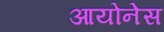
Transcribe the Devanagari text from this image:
आयोनेस